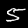
Label: 5